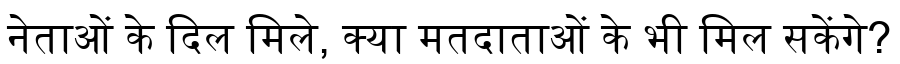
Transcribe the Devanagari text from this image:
नेताओं के दिल मिले, क्या मतदाताओं के भी मिल सकेंगे?